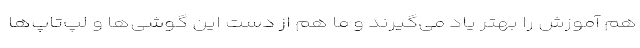
هم آموزش را بهتر یاد می‌گیرند و ما هم از دست این گوشی‌ها و لپ‌تاپ‌ها